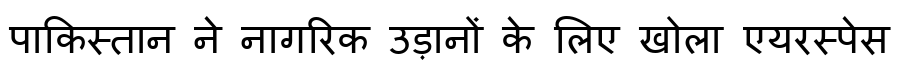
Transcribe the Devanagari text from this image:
पाकिस्तान ने नागरिक उड़ानों के लिए खोला एयरस्पेस